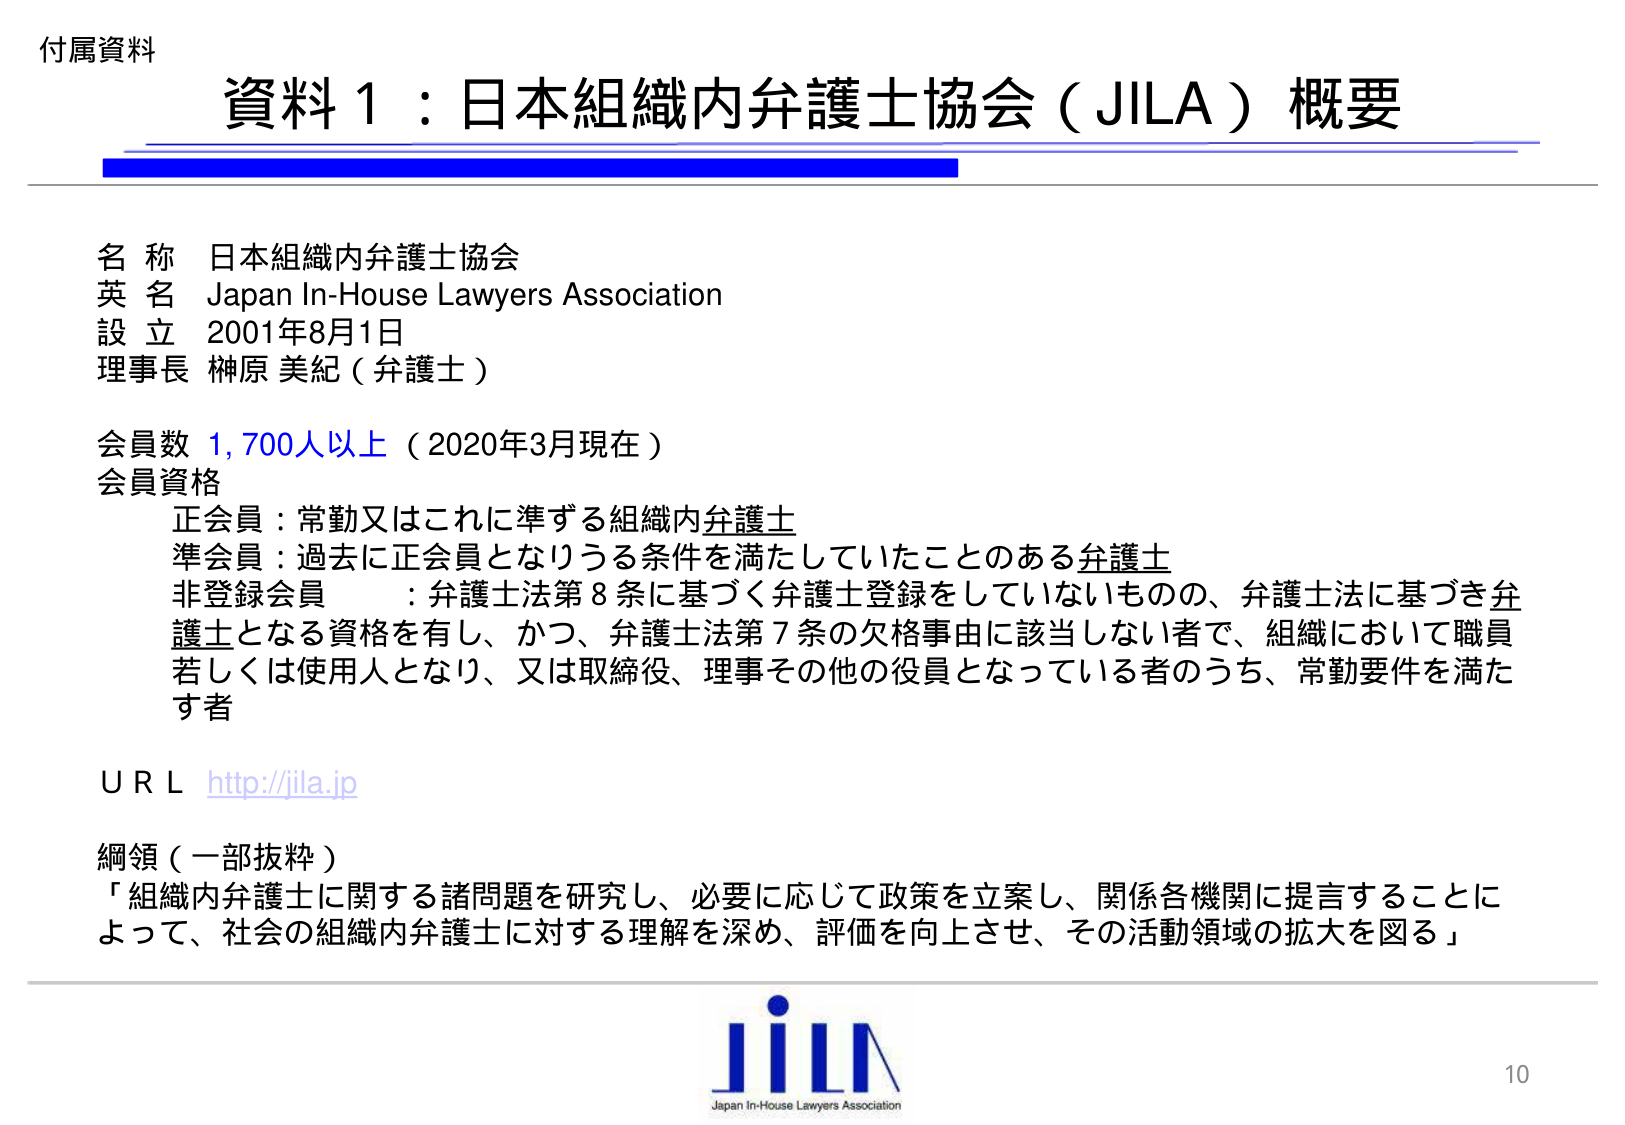
付属資料
資料１：日本組織内弁護士協会（JILA）概要

名称 日本組織内弁護士協会
英名 Japan In-House Lawyers Association
設立 2001年8月1日
理事長 榊原 美紀（弁護士）

会員数 1,700人以上（2020年3月現在）
会員資格
　正会員：常勤又はこれに準ずる組織内弁護士
　準会員：過去に正会員となりうる条件を満たしていたことのある弁護士
　非登録会員 ：弁護士法第8条に基づく弁護士登録をしていないものの、弁護士法に基づき弁護士となる資格を有し、かつ、弁護士法第7条の欠格事由に該当しない者で、組織において職員若しくは使用人となり、又は取締役、理事その他の役員となっている者のうち、常勤要件を満たす者

ＵＲＬ http://jila.jp

綱領（一部抜粋）
「組織内弁護士に関する諸問題を研究し、必要に応じて政策を立案し、関係各機関に提言することによって、社会の組織内弁護士に対する理解を深め、評価を向上させ、その活動領域の拡大を図る」

JILA
Japan In-House Lawyers Association
10